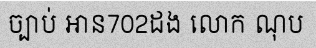
ច្បាប់ អាន702ដង លោក ណុប